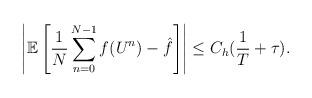
LaTeX: \begin{align*}\left|\mathbb{E}\left[\frac1N\sum_{n=0}^{N-1}f(U^n)-\hat f\right]\right|\le C_h(\frac1T+\tau).\end{align*}